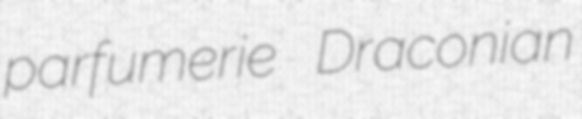
parfumerie Draconian